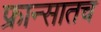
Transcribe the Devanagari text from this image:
फ्रान्सातच